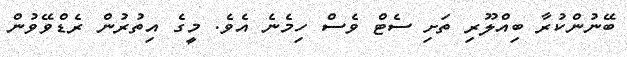
ބޭނުންކުރާ ބިއްލޫރި ތަށި ސެޓް ވެސް ހިމެނެ އެވެ. މީގެ އިތުރުން ރެޑްވޭވުން